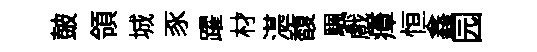
皷領城豕躍材湛馥颿戲瘴恒鑫园